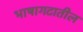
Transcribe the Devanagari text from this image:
भाषागटातील